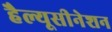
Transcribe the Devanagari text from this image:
हैल्यूसीनेशन